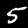
Digit: 5